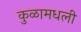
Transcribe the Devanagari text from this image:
कुळामधली